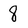
Character: 8